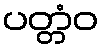
ပတ္တံဝ